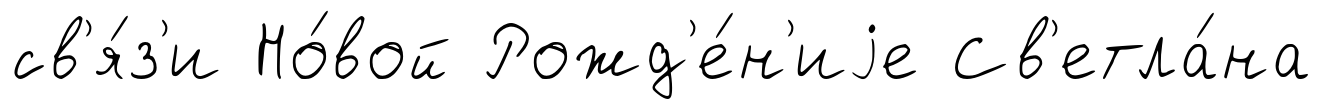
св'я́з'и Но́вой Рожд'е́н'иjе Св'етла́на